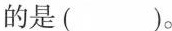
的是( )。